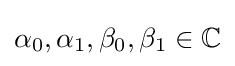
\alpha _{0},\alpha _{1},\beta _{0},\beta _{1}\in \mathbb {C}